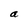
Character: a